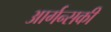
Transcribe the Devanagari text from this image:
आर्गन्सकी